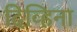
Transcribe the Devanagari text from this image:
दिव्हिना